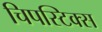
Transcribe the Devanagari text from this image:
चिपस्टिक्स